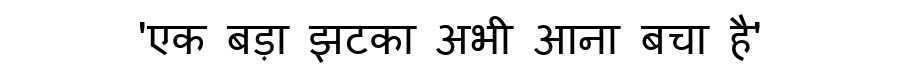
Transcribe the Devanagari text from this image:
'एक बड़ा झटका अभी आना बचा है'